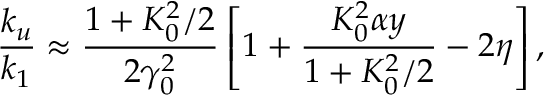
\frac { k _ { u } } { k _ { 1 } } \approx \frac { 1 + K _ { 0 } ^ { 2 } / 2 } { 2 \gamma _ { 0 } ^ { 2 } } \left[ 1 + \frac { K _ { 0 } ^ { 2 } \alpha y } { 1 + K _ { 0 } ^ { 2 } / 2 } - 2 \eta \right] ,